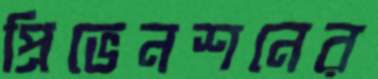
প্রিভেনশনের